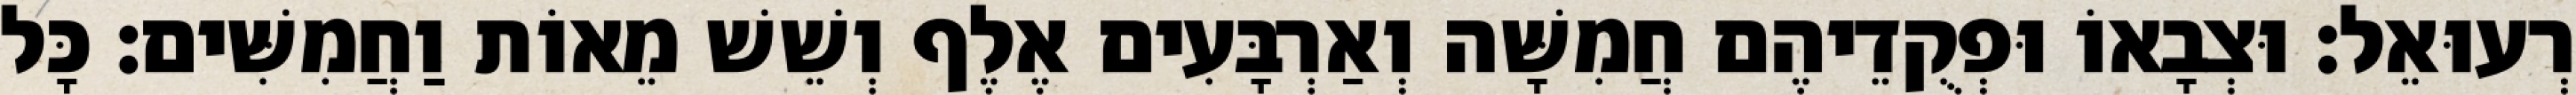
רְעוּאֵל׃ וּצְבָאוֹ וּפְקֻדֵיהֶם חֲמִשָּׁה וְאַרְבָּעִים אֶלֶף וְשֵׁשׁ מֵאוֹת וַחֲמִשִּׁים׃ כָּל